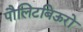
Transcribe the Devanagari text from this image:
पौलिटबिऊरो